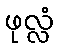
ဖုလ္လံ